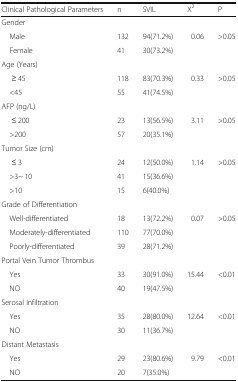
<table><thead><tr><td><b>Clinical Pathological Parameters</b></td><td><b>n</b></td><td><b>SVIL</b></td><td><b>Χ<sup>2</sup></b></td><td><b>P</b></td></tr></thead><tbody><tr><td colspan="5">Gender</td></tr><tr><td> Male</td><td>132</td><td>94(71.2%)</td><td rowspan="2">0.06</td><td rowspan="2">&gt;0.05</td></tr><tr><td> Female</td><td>41</td><td>30(73.2%)</td></tr><tr><td colspan="5">Age (Years)</td></tr><tr><td>≥ 45</td><td>118</td><td>83(70.3%)</td><td rowspan="2">0.33</td><td rowspan="2">&gt;0.05</td></tr><tr><td> &lt;45</td><td>55</td><td>41(74.5%)</td></tr><tr><td colspan="5">AFP (ng/L)</td></tr><tr><td>≤ 200</td><td>23</td><td>13(56.5%)</td><td rowspan="2">3.11</td><td rowspan="2">&gt;0.05</td></tr><tr><td> &gt;200</td><td>57</td><td>20(35.1%)</td></tr><tr><td colspan="5">Tumor Size (cm)</td></tr><tr><td>≤ 3</td><td>24</td><td>12(50.0%)</td><td rowspan="3">1.14</td><td rowspan="3">&gt;0.05</td></tr><tr><td> &gt;3~ 10</td><td>41</td><td>15(36.6%)</td></tr><tr><td> &gt;10</td><td>15</td><td>6(40.0%)</td></tr><tr><td colspan="5">Grade of Differentiation</td></tr><tr><td> Well-differentiated</td><td>18</td><td>13(72.2%)</td><td rowspan="3">0.07</td><td rowspan="3">&gt;0.05</td></tr><tr><td> Moderately-differentiated</td><td>110</td><td>77(70.0%)</td></tr><tr><td> Poorly-differentiated</td><td>39</td><td>28(71.2%)</td></tr><tr><td colspan="5">Portal Vein Tumor Thrombus</td></tr><tr><td> Yes</td><td>33</td><td>30(91.0%)</td><td rowspan="2">15.44</td><td rowspan="2">&lt;0.01</td></tr><tr><td> NO</td><td>40</td><td>19(47.5%)</td></tr><tr><td colspan="5">Serosal Infiltration</td></tr><tr><td> Yes</td><td>35</td><td>28(80.0%)</td><td rowspan="2">12.64</td><td rowspan="2">&lt;0.01</td></tr><tr><td> NO</td><td>30</td><td>11(36.7%)</td></tr><tr><td colspan="5">Distant Metastasis</td></tr><tr><td> Yes</td><td>29</td><td>23(80.6%)</td><td rowspan="2">9.79</td><td rowspan="2">&lt;0.01</td></tr><tr><td> NO</td><td>20</td><td>7(35.0%)</td></tr></tbody></table>